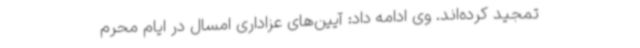
تمجید کرده‌اند. وی ادامه داد: آیین‌های عزاداری امسال در ایام محرم